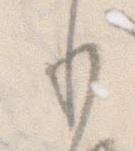
り